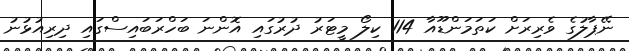
ނޭޕާލުގެ ވެރިރަށް ކަތަމަންޑޫއާ 114 ކިލޯ މީޓަރު ދުރުގައި އޮންނަ ބަހްރަބައިސްގައި ދިރިއުޅުނު